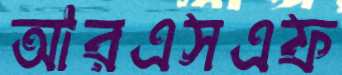
আরএসএফ